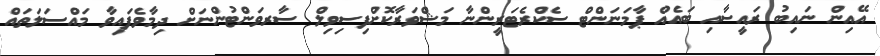
އޭއިން ނައިބު ރައީސާއި ބައެއް ޕާމަނަންޓް ސެކްރެޓަރީންނާ މަޝްވަރާކޮށްފިސިވިލް ސާރވަންޓުންނަށް ދިމާވެފައިވާ މައްސަލަތައް